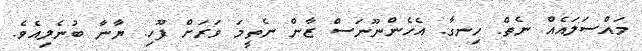
މައްސަލައެއް ނެތް. ހިނގާ. އެހެންނޫނަސް ޒާން ނެތީމަ ވަރަށް ފޫހި. ޔާނާ ބުނެލިއެވެ.